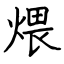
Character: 煨